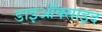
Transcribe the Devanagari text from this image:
डाइऑक्साइद